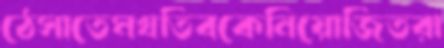
ঠেসাতেমখতিবকেনিয়োজিতরা